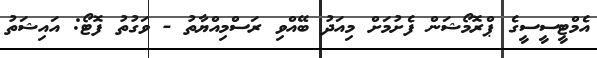
އެމްޓީސީސީގެ ޕްރޮމޯޝަން ފެށުމަށް މިއަދު ބޭއްވި ރަސްމިއްޔާތު - ވަގުތު ފޮޓޯ: އައިޝަތު